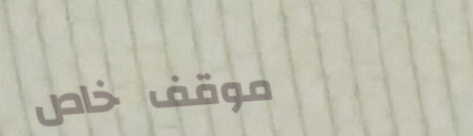
موقف خاص